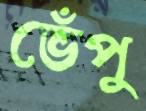
ভেঁপু